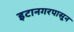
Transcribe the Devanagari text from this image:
इटानगरपासून